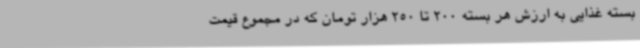
بسته غذایی به ارزش هر بسته 200 تا 250 هزار تومان که در مجموع قیمت